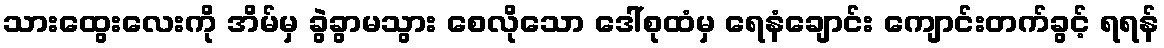
သားထွေးလေးကို အိမ်မှ ခွဲခွာမသွား စေလိုသော ဒေါ်စုထံမှ ရေနံချောင်း ကျောင်းတက်ခွင့် ရရန်